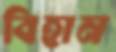
বিহান